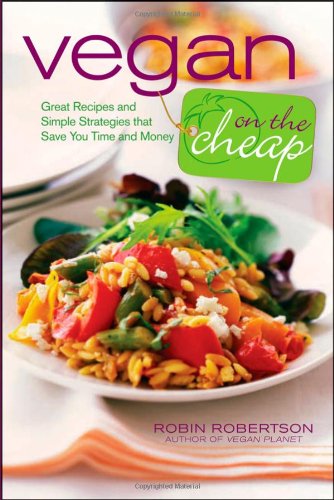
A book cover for Vegan on the Cheap; Robin Robertson; Cookbooks, Food & Wine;